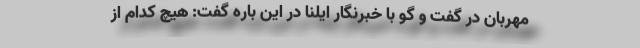
مهربان در گفت و گو با خبرنگار ایلنا در این باره گفت: هیچ کدام از